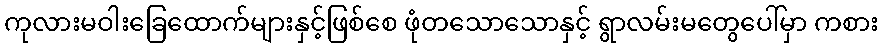
ကုလားမဝါးခြေထောက်များနှင့်ဖြစ်စေ ဖုံတသောသောနှင့် ရွာလမ်းမတွေပေါ်မှာ ကစား